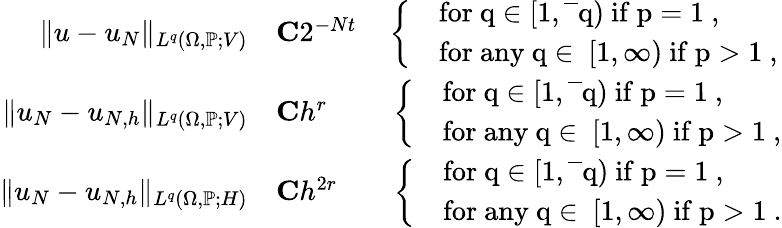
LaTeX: \begin{array}{rl}{\| u-u_{N}\| _{L^{q}(\Omega,\mathbb{P};V)}}&{\le C2^{-Nt}\quad\left\{ \begin{array}{ll}&{\mathrm{for~q\in[1,\overline{~}q)~if~p=1~,}}\\ &{\mathrm{for~any~q\in~[1,\infty)~if~p>1~,}}\end{array}\right.}\\ {\| u_{N}-u_{N,h}\| _{L^{q}(\Omega,\mathbb{P};V)}}&{\le Ch^{r}\, \qquad\left\{ \begin{array}{ll}&{\mathrm{for~q\in[1,\overline{~}q)~if~p=1~,}}\\ &{\mathrm{for~any~q\in~[1,\infty)~if~p>1~,}}\end{array}\right.}\\ {\| u_{N}-u_{N,h}\| _{L^{q}(\Omega,\mathbb{P};H)}}&{\le Ch^{2r}\quad\; \; \; \left\{ \begin{array}{ll}&{\mathrm{for~q\in[1,\overline{~}q)~if~p=1~,}}\\ &{\mathrm{for~any~q\in~[1,\infty)~if~p>1~.}}\end{array}\right.}\end{array}